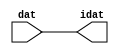

//------> /package/eda/mg/Catapult_10.3d/Mgc_home/pkgs/siflibs/ccs_in_v1.v 
//------------------------------------------------------------------------------
// Catapult Synthesis - Sample I/O Port Library
//
// Copyright (c) 2003-2017 Mentor Graphics Corp.
//       All Rights Reserved
//
// This document may be used and distributed without restriction provided that
// this copyright statement is not removed from the file and that any derivative
// work contains this copyright notice.
//
// The design information contained in this file is intended to be an example
// of the functionality which the end user may study in preparation for creating
// their own custom interfaces. This design does not necessarily present a 
// complete implementation of the named protocol or standard.
//
//------------------------------------------------------------------------------


module ccs_in_v1 (idat, dat);

  parameter integer rscid = 1;
  parameter integer width = 8;

  output [width-1:0] idat;
  input  [width-1:0] dat;

  wire   [width-1:0] idat;

  assign idat = dat;

endmodule


//------> /package/eda/mg/Catapult_10.3d/Mgc_home/pkgs/siflibs/ccs_out_v1.v 
//------------------------------------------------------------------------------
// Catapult Synthesis - Sample I/O Port Library
//
// Copyright (c) 2003-2015 Mentor Graphics Corp.
//       All Rights Reserved
//
// This document may be used and distributed without restriction provided that
// this copyright statement is not removed from the file and that any derivative
// work contains this copyright notice.
//
// The design information contained in this file is intended to be an example
// of the functionality which the end user may study in preparation for creating
// their own custom interfaces. This design does not necessarily present a 
// complete implementation of the named protocol or standard.
//
//------------------------------------------------------------------------------

module ccs_out_v1 (dat, idat);

  parameter integer rscid = 1;
  parameter integer width = 8;

  output   [width-1:0] dat;
  input    [width-1:0] idat;

  wire     [width-1:0] dat;

  assign dat = idat;

endmodule




//------> /package/eda/mg/Catapult_10.3d/Mgc_home/pkgs/siflibs/mgc_io_sync_v2.v 
//------------------------------------------------------------------------------
// Catapult Synthesis - Sample I/O Port Library
//
// Copyright (c) 2003-2017 Mentor Graphics Corp.
//       All Rights Reserved
//
// This document may be used and distributed without restriction provided that
// this copyright statement is not removed from the file and that any derivative
// work contains this copyright notice.
//
// The design information contained in this file is intended to be an example
// of the functionality which the end user may study in preparation for creating
// their own custom interfaces. This design does not necessarily present a 
// complete implementation of the named protocol or standard.
//
//------------------------------------------------------------------------------


module mgc_io_sync_v2 (ld, lz);
    parameter valid = 0;

    input  ld;
    output lz;

    wire   lz;

    assign lz = ld;

endmodule


//------> ./rtl.v 
// ----------------------------------------------------------------------
//  HLS HDL:        Verilog Netlister
//  HLS Version:    10.3d/815731 Production Release
//  HLS Date:       Wed Apr 24 14:54:19 PDT 2019
// 
//  Generated by:   695r48@cparch23.ecn.purdue.edu
//  Generated date: Tue Nov  9 16:01:42 2021
// ----------------------------------------------------------------------

// 
// ------------------------------------------------------------------
//  Design Unit:    fir_Altera_DIST_DIST_1R1W_RBW_rport_1_16_5_32_32_16_gen
// ------------------------------------------------------------------


module fir_Altera_DIST_DIST_1R1W_RBW_rport_1_16_5_32_32_16_gen (
  q, radr, radr_d, q_d, rport_r_ram_ir_internal_RMASK_B_d
);
  input [15:0] q;
  output [4:0] radr;
  input [4:0] radr_d;
  output [15:0] q_d;
  input rport_r_ram_ir_internal_RMASK_B_d;



  // Interconnect Declarations for Component Instantiations 
  assign q_d = q;
  assign radr = (radr_d);
endmodule

// ------------------------------------------------------------------
//  Design Unit:    fir_core_core_fsm
//  FSM Module
// ------------------------------------------------------------------


module fir_core_core_fsm (
  clk, rst, fsm_output
);
  input clk;
  input rst;
  output [35:0] fsm_output;
  reg [35:0] fsm_output;


  // FSM State Type Declaration for fir_core_core_fsm_1
  parameter
    core_rlp_C_0 = 6'd0,
    main_C_0 = 6'd1,
    main_C_1 = 6'd2,
    main_C_2 = 6'd3,
    main_C_3 = 6'd4,
    main_C_4 = 6'd5,
    main_C_5 = 6'd6,
    main_C_6 = 6'd7,
    main_C_7 = 6'd8,
    main_C_8 = 6'd9,
    main_C_9 = 6'd10,
    main_C_10 = 6'd11,
    main_C_11 = 6'd12,
    main_C_12 = 6'd13,
    main_C_13 = 6'd14,
    main_C_14 = 6'd15,
    main_C_15 = 6'd16,
    main_C_16 = 6'd17,
    main_C_17 = 6'd18,
    main_C_18 = 6'd19,
    main_C_19 = 6'd20,
    main_C_20 = 6'd21,
    main_C_21 = 6'd22,
    main_C_22 = 6'd23,
    main_C_23 = 6'd24,
    main_C_24 = 6'd25,
    main_C_25 = 6'd26,
    main_C_26 = 6'd27,
    main_C_27 = 6'd28,
    main_C_28 = 6'd29,
    main_C_29 = 6'd30,
    main_C_30 = 6'd31,
    main_C_31 = 6'd32,
    main_C_32 = 6'd33,
    main_C_33 = 6'd34,
    main_C_34 = 6'd35;

  reg [5:0] state_var;
  reg [5:0] state_var_NS;


  // Interconnect Declarations for Component Instantiations 
  always @(*)
  begin : fir_core_core_fsm_1
    case (state_var)
      main_C_0 : begin
        fsm_output = 36'b000000000000000000000000000000000010;
        state_var_NS = main_C_1;
      end
      main_C_1 : begin
        fsm_output = 36'b000000000000000000000000000000000100;
        state_var_NS = main_C_2;
      end
      main_C_2 : begin
        fsm_output = 36'b000000000000000000000000000000001000;
        state_var_NS = main_C_3;
      end
      main_C_3 : begin
        fsm_output = 36'b000000000000000000000000000000010000;
        state_var_NS = main_C_4;
      end
      main_C_4 : begin
        fsm_output = 36'b000000000000000000000000000000100000;
        state_var_NS = main_C_5;
      end
      main_C_5 : begin
        fsm_output = 36'b000000000000000000000000000001000000;
        state_var_NS = main_C_6;
      end
      main_C_6 : begin
        fsm_output = 36'b000000000000000000000000000010000000;
        state_var_NS = main_C_7;
      end
      main_C_7 : begin
        fsm_output = 36'b000000000000000000000000000100000000;
        state_var_NS = main_C_8;
      end
      main_C_8 : begin
        fsm_output = 36'b000000000000000000000000001000000000;
        state_var_NS = main_C_9;
      end
      main_C_9 : begin
        fsm_output = 36'b000000000000000000000000010000000000;
        state_var_NS = main_C_10;
      end
      main_C_10 : begin
        fsm_output = 36'b000000000000000000000000100000000000;
        state_var_NS = main_C_11;
      end
      main_C_11 : begin
        fsm_output = 36'b000000000000000000000001000000000000;
        state_var_NS = main_C_12;
      end
      main_C_12 : begin
        fsm_output = 36'b000000000000000000000010000000000000;
        state_var_NS = main_C_13;
      end
      main_C_13 : begin
        fsm_output = 36'b000000000000000000000100000000000000;
        state_var_NS = main_C_14;
      end
      main_C_14 : begin
        fsm_output = 36'b000000000000000000001000000000000000;
        state_var_NS = main_C_15;
      end
      main_C_15 : begin
        fsm_output = 36'b000000000000000000010000000000000000;
        state_var_NS = main_C_16;
      end
      main_C_16 : begin
        fsm_output = 36'b000000000000000000100000000000000000;
        state_var_NS = main_C_17;
      end
      main_C_17 : begin
        fsm_output = 36'b000000000000000001000000000000000000;
        state_var_NS = main_C_18;
      end
      main_C_18 : begin
        fsm_output = 36'b000000000000000010000000000000000000;
        state_var_NS = main_C_19;
      end
      main_C_19 : begin
        fsm_output = 36'b000000000000000100000000000000000000;
        state_var_NS = main_C_20;
      end
      main_C_20 : begin
        fsm_output = 36'b000000000000001000000000000000000000;
        state_var_NS = main_C_21;
      end
      main_C_21 : begin
        fsm_output = 36'b000000000000010000000000000000000000;
        state_var_NS = main_C_22;
      end
      main_C_22 : begin
        fsm_output = 36'b000000000000100000000000000000000000;
        state_var_NS = main_C_23;
      end
      main_C_23 : begin
        fsm_output = 36'b000000000001000000000000000000000000;
        state_var_NS = main_C_24;
      end
      main_C_24 : begin
        fsm_output = 36'b000000000010000000000000000000000000;
        state_var_NS = main_C_25;
      end
      main_C_25 : begin
        fsm_output = 36'b000000000100000000000000000000000000;
        state_var_NS = main_C_26;
      end
      main_C_26 : begin
        fsm_output = 36'b000000001000000000000000000000000000;
        state_var_NS = main_C_27;
      end
      main_C_27 : begin
        fsm_output = 36'b000000010000000000000000000000000000;
        state_var_NS = main_C_28;
      end
      main_C_28 : begin
        fsm_output = 36'b000000100000000000000000000000000000;
        state_var_NS = main_C_29;
      end
      main_C_29 : begin
        fsm_output = 36'b000001000000000000000000000000000000;
        state_var_NS = main_C_30;
      end
      main_C_30 : begin
        fsm_output = 36'b000010000000000000000000000000000000;
        state_var_NS = main_C_31;
      end
      main_C_31 : begin
        fsm_output = 36'b000100000000000000000000000000000000;
        state_var_NS = main_C_32;
      end
      main_C_32 : begin
        fsm_output = 36'b001000000000000000000000000000000000;
        state_var_NS = main_C_33;
      end
      main_C_33 : begin
        fsm_output = 36'b010000000000000000000000000000000000;
        state_var_NS = main_C_34;
      end
      main_C_34 : begin
        fsm_output = 36'b100000000000000000000000000000000000;
        state_var_NS = main_C_0;
      end
      // core_rlp_C_0
      default : begin
        fsm_output = 36'b000000000000000000000000000000000001;
        state_var_NS = main_C_0;
      end
    endcase
  end

  always @(posedge clk) begin
    if ( rst ) begin
      state_var <= core_rlp_C_0;
    end
    else begin
      state_var <= state_var_NS;
    end
  end

endmodule

// ------------------------------------------------------------------
//  Design Unit:    fir_core
// ------------------------------------------------------------------


module fir_core (
  clk, rst, coeffs_rsc_triosy_lz, in1_rsc_dat, in1_rsc_triosy_lz, out1_rsc_dat, out1_rsc_triosy_lz,
      coeffs_rsci_radr_d, coeffs_rsci_q_d, coeffs_rsci_rport_r_ram_ir_internal_RMASK_B_d
);
  input clk;
  input rst;
  output coeffs_rsc_triosy_lz;
  input [15:0] in1_rsc_dat;
  output in1_rsc_triosy_lz;
  output [15:0] out1_rsc_dat;
  output out1_rsc_triosy_lz;
  output [4:0] coeffs_rsci_radr_d;
  input [15:0] coeffs_rsci_q_d;
  output coeffs_rsci_rport_r_ram_ir_internal_RMASK_B_d;


  // Interconnect Declarations
  wire [15:0] in1_rsci_idat;
  reg [15:0] out1_rsci_idat;
  reg coeffs_rsc_triosy_obj_ld;
  reg in1_rsc_triosy_obj_ld;
  reg out1_rsc_triosy_obj_ld;
  wire [35:0] fsm_output;
  reg [15:0] reg_MAC_asn_89_cse;
  reg [15:0] reg_MAC_asn_88_cse;
  reg [15:0] reg_MAC_asn_87_cse;
  reg [15:0] reg_MAC_asn_86_cse;
  reg [15:0] reg_MAC_asn_85_cse;
  reg [15:0] reg_MAC_asn_84_cse;
  reg [15:0] reg_MAC_asn_83_cse;
  reg [15:0] reg_MAC_asn_82_cse;
  reg [15:0] reg_MAC_asn_81_cse;
  reg [15:0] reg_MAC_asn_80_cse;
  reg [15:0] reg_MAC_asn_79_cse;
  reg [15:0] reg_MAC_asn_78_cse;
  reg [15:0] reg_MAC_asn_77_cse;
  reg [15:0] reg_MAC_asn_76_cse;
  reg [15:0] reg_MAC_asn_75_cse;
  reg [15:0] reg_MAC_asn_74_cse;
  reg [15:0] reg_MAC_asn_73_cse;
  reg [15:0] reg_MAC_asn_72_cse;
  reg [15:0] reg_MAC_asn_71_cse;
  reg [15:0] reg_MAC_asn_70_cse;
  reg [15:0] reg_MAC_asn_69_cse;
  reg [15:0] reg_MAC_asn_68_cse;
  reg [15:0] reg_MAC_asn_67_cse;
  reg [15:0] reg_MAC_asn_66_cse;
  reg [15:0] reg_MAC_asn_65_cse;
  reg [15:0] reg_MAC_asn_64_cse;
  reg [15:0] reg_MAC_asn_63_cse;
  wire [29:0] z_out;
  wire [30:0] nl_z_out;
  reg [15:0] regs_3_sva;
  reg [15:0] regs_2_sva;
  reg [15:0] regs_0_sva;
  reg [15:0] asn_ncse_sva;
  reg [15:0] MAC_asn_62_itm;
  reg [29:0] MAC_10_mul_itm;
  reg [29:0] MAC_11_mul_itm;
  reg [29:0] MAC_acc_10_itm;
  reg [29:0] MAC_acc_22_itm;
  reg [29:0] MAC_acc_28_itm;
  reg [15:0] MAC_asn_90_itm;
  reg [29:0] MAC_acc_itm;
  wire [29:0] MAC_acc_28_itm_mx0w17;
  wire [30:0] nl_MAC_acc_28_itm_mx0w17;
  wire [29:0] MAC_acc_18_itm_mx0w0;
  wire [30:0] nl_MAC_acc_18_itm_mx0w0;
  wire [29:0] MAC_acc_23_mx0w1;
  wire [30:0] nl_MAC_acc_23_mx0w1;
  wire MAC_acc_10_itm_mx0c1;
  wire MAC_acc_22_itm_mx0c2;

  wire[29:0] MAC_32_acc_1_nl;
  wire[30:0] nl_MAC_32_acc_1_nl;
  wire[29:0] MAC_32_mul_nl;
  wire signed [31:0] nl_MAC_32_mul_nl;
  wire[29:0] MAC_30_mul_nl;
  wire signed [31:0] nl_MAC_30_mul_nl;
  wire[29:0] MAC_28_mul_nl;
  wire signed [31:0] nl_MAC_28_mul_nl;
  wire[29:0] MAC_26_mul_nl;
  wire signed [31:0] nl_MAC_26_mul_nl;
  wire[29:0] MAC_24_mul_nl;
  wire signed [31:0] nl_MAC_24_mul_nl;
  wire[29:0] MAC_22_mul_nl;
  wire signed [31:0] nl_MAC_22_mul_nl;
  wire[29:0] MAC_20_mul_nl;
  wire signed [31:0] nl_MAC_20_mul_nl;
  wire[29:0] MAC_18_mul_nl;
  wire signed [31:0] nl_MAC_18_mul_nl;
  wire[29:0] MAC_16_mul_nl;
  wire signed [31:0] nl_MAC_16_mul_nl;
  wire[29:0] MAC_14_mul_nl;
  wire signed [31:0] nl_MAC_14_mul_nl;
  wire[29:0] MAC_12_mul_nl;
  wire signed [31:0] nl_MAC_12_mul_nl;
  wire[29:0] MAC_10_mul_nl;
  wire signed [31:0] nl_MAC_10_mul_nl;
  wire[29:0] MAC_8_mul_nl;
  wire signed [31:0] nl_MAC_8_mul_nl;
  wire[29:0] MAC_6_mul_nl;
  wire signed [31:0] nl_MAC_6_mul_nl;
  wire[29:0] MAC_4_mul_nl;
  wire signed [31:0] nl_MAC_4_mul_nl;
  wire[29:0] MAC_2_mul_nl;
  wire signed [31:0] nl_MAC_2_mul_nl;
  wire[29:0] MAC_31_mul_nl;
  wire signed [31:0] nl_MAC_31_mul_nl;
  wire[29:0] MAC_29_mul_nl;
  wire signed [31:0] nl_MAC_29_mul_nl;
  wire[29:0] MAC_27_mul_nl;
  wire signed [31:0] nl_MAC_27_mul_nl;
  wire[29:0] MAC_25_mul_nl;
  wire signed [31:0] nl_MAC_25_mul_nl;
  wire[29:0] MAC_23_mul_nl;
  wire signed [31:0] nl_MAC_23_mul_nl;
  wire[29:0] MAC_21_mul_nl;
  wire signed [31:0] nl_MAC_21_mul_nl;
  wire[29:0] MAC_19_mul_nl;
  wire signed [31:0] nl_MAC_19_mul_nl;
  wire[29:0] MAC_17_mul_nl;
  wire signed [31:0] nl_MAC_17_mul_nl;
  wire[29:0] MAC_acc_27_nl;
  wire[30:0] nl_MAC_acc_27_nl;
  wire[29:0] MAC_acc_21_nl;
  wire[30:0] nl_MAC_acc_21_nl;
  wire[29:0] MAC_15_mul_nl;
  wire signed [31:0] nl_MAC_15_mul_nl;
  wire[29:0] MAC_13_mul_nl;
  wire signed [31:0] nl_MAC_13_mul_nl;
  wire[29:0] MAC_11_mul_nl;
  wire signed [31:0] nl_MAC_11_mul_nl;
  wire[29:0] MAC_9_mul_nl;
  wire signed [31:0] nl_MAC_9_mul_nl;
  wire[29:0] MAC_7_mul_nl;
  wire signed [31:0] nl_MAC_7_mul_nl;
  wire[29:0] MAC_5_mul_nl;
  wire signed [31:0] nl_MAC_5_mul_nl;
  wire[29:0] MAC_3_mul_nl;
  wire signed [31:0] nl_MAC_3_mul_nl;
  wire[29:0] MAC_1_mul_nl;
  wire signed [31:0] nl_MAC_1_mul_nl;
  wire[29:0] MAC_acc_30_nl;
  wire[30:0] nl_MAC_acc_30_nl;
  wire[4:0] and_nl;
  wire[4:0] mux1h_nl;
  wire[0:0] coeffs_nor_nl;
  wire[29:0] MAC_mux_3_nl;
  wire[29:0] MAC_mux_4_nl;
  wire[0:0] MAC_or_9_nl;

  // Interconnect Declarations for Component Instantiations 
  ccs_in_v1 #(.rscid(32'sd2),
  .width(32'sd16)) in1_rsci (
      .dat(in1_rsc_dat),
      .idat(in1_rsci_idat)
    );
  ccs_out_v1 #(.rscid(32'sd3),
  .width(32'sd16)) out1_rsci (
      .idat(out1_rsci_idat),
      .dat(out1_rsc_dat)
    );
  mgc_io_sync_v2 #(.valid(32'sd0)) coeffs_rsc_triosy_obj (
      .ld(coeffs_rsc_triosy_obj_ld),
      .lz(coeffs_rsc_triosy_lz)
    );
  mgc_io_sync_v2 #(.valid(32'sd0)) in1_rsc_triosy_obj (
      .ld(in1_rsc_triosy_obj_ld),
      .lz(in1_rsc_triosy_lz)
    );
  mgc_io_sync_v2 #(.valid(32'sd0)) out1_rsc_triosy_obj (
      .ld(out1_rsc_triosy_obj_ld),
      .lz(out1_rsc_triosy_lz)
    );
  fir_core_core_fsm fir_core_core_fsm_inst (
      .clk(clk),
      .rst(rst),
      .fsm_output(fsm_output)
    );
  assign nl_MAC_acc_28_itm_mx0w17 = MAC_acc_23_mx0w1 + MAC_acc_22_itm;
  assign MAC_acc_28_itm_mx0w17 = nl_MAC_acc_28_itm_mx0w17[29:0];
  assign nl_MAC_acc_18_itm_mx0w0 = MAC_11_mul_itm + MAC_10_mul_itm;
  assign MAC_acc_18_itm_mx0w0 = nl_MAC_acc_18_itm_mx0w0[29:0];
  assign nl_MAC_acc_23_mx0w1 = MAC_acc_18_itm_mx0w0 + MAC_acc_10_itm;
  assign MAC_acc_23_mx0w1 = nl_MAC_acc_23_mx0w1[29:0];
  assign MAC_acc_10_itm_mx0c1 = (fsm_output[14]) | (fsm_output[6]);
  assign MAC_acc_22_itm_mx0c2 = (fsm_output[30]) | (fsm_output[22]);
  assign mux1h_nl = MUX1HOT_v_5_30_2(5'b11110, 5'b11101, 5'b11100, 5'b11011, 5'b11010,
      5'b11001, 5'b11000, 5'b10111, 5'b10110, 5'b10101, 5'b10100, 5'b10011, 5'b10010,
      5'b10001, 5'b10000, 5'b01111, 5'b01110, 5'b01101, 5'b01100, 5'b01011, 5'b01010,
      5'b01001, 5'b01000, 5'b00111, 5'b00110, 5'b00101, 5'b00100, 5'b00011, 5'b00010,
      5'b00001, {(fsm_output[2]) , (fsm_output[3]) , (fsm_output[4]) , (fsm_output[5])
      , (fsm_output[6]) , (fsm_output[7]) , (fsm_output[8]) , (fsm_output[9]) , (fsm_output[10])
      , (fsm_output[11]) , (fsm_output[12]) , (fsm_output[13]) , (fsm_output[14])
      , (fsm_output[15]) , (fsm_output[16]) , (fsm_output[17]) , (fsm_output[18])
      , (fsm_output[19]) , (fsm_output[20]) , (fsm_output[21]) , (fsm_output[22])
      , (fsm_output[23]) , (fsm_output[24]) , (fsm_output[25]) , (fsm_output[26])
      , (fsm_output[27]) , (fsm_output[28]) , (fsm_output[29]) , (fsm_output[30])
      , (fsm_output[31])});
  assign coeffs_nor_nl = ~((fsm_output[0]) | (fsm_output[33]) | (fsm_output[34])
      | (fsm_output[35]) | (fsm_output[32]));
  assign and_nl = MUX_v_5_2_2(5'b00000, (mux1h_nl), (coeffs_nor_nl));
  assign coeffs_rsci_radr_d = MUX_v_5_2_2((and_nl), 5'b11111, (fsm_output[1]));
  assign coeffs_rsci_rport_r_ram_ir_internal_RMASK_B_d = ~((fsm_output[0]) | (fsm_output[33])
      | (fsm_output[34]) | (fsm_output[35]));
  always @(posedge clk) begin
    if ( rst ) begin
      out1_rsc_triosy_obj_ld <= 1'b0;
      in1_rsc_triosy_obj_ld <= 1'b0;
      coeffs_rsc_triosy_obj_ld <= 1'b0;
      MAC_11_mul_itm <= 30'b000000000000000000000000000000;
    end
    else begin
      out1_rsc_triosy_obj_ld <= fsm_output[35];
      in1_rsc_triosy_obj_ld <= fsm_output[1];
      coeffs_rsc_triosy_obj_ld <= fsm_output[32];
      MAC_11_mul_itm <= MUX1HOT_v_30_18_2((MAC_31_mul_nl), (MAC_29_mul_nl), (MAC_27_mul_nl),
          (MAC_25_mul_nl), (MAC_23_mul_nl), (MAC_21_mul_nl), (MAC_19_mul_nl), (MAC_17_mul_nl),
          (MAC_acc_27_nl), (MAC_15_mul_nl), (MAC_13_mul_nl), (MAC_11_mul_nl), (MAC_9_mul_nl),
          (MAC_7_mul_nl), (MAC_5_mul_nl), (MAC_3_mul_nl), (MAC_1_mul_nl), MAC_acc_28_itm_mx0w17,
          {(fsm_output[3]) , (fsm_output[5]) , (fsm_output[7]) , (fsm_output[9])
          , (fsm_output[11]) , (fsm_output[13]) , (fsm_output[15]) , (fsm_output[17])
          , (fsm_output[18]) , (fsm_output[19]) , (fsm_output[21]) , (fsm_output[23])
          , (fsm_output[25]) , (fsm_output[27]) , (fsm_output[29]) , (fsm_output[31])
          , (fsm_output[33]) , (fsm_output[34])});
    end
  end
  always @(posedge clk) begin
    if ( rst ) begin
      out1_rsci_idat <= 16'b0000000000000000;
    end
    else if ( fsm_output[35] ) begin
      out1_rsci_idat <= readslicef_30_16_14((MAC_32_acc_1_nl));
    end
  end
  always @(posedge clk) begin
    if ( rst ) begin
      regs_0_sva <= 16'b0000000000000000;
    end
    else if ( fsm_output[33] ) begin
      regs_0_sva <= asn_ncse_sva;
    end
  end
  always @(posedge clk) begin
    if ( rst ) begin
      regs_2_sva <= 16'b0000000000000000;
    end
    else if ( fsm_output[35] ) begin
      regs_2_sva <= MAC_asn_62_itm;
    end
  end
  always @(posedge clk) begin
    if ( rst ) begin
      MAC_asn_62_itm <= 16'b0000000000000000;
    end
    else if ( (fsm_output[35]) | (fsm_output[32]) ) begin
      MAC_asn_62_itm <= MUX_v_16_2_2(regs_0_sva, regs_2_sva, fsm_output[35]);
    end
  end
  always @(posedge clk) begin
    if ( rst ) begin
      reg_MAC_asn_63_cse <= 16'b0000000000000000;
    end
    else if ( fsm_output[35] ) begin
      reg_MAC_asn_63_cse <= regs_3_sva;
    end
  end
  always @(posedge clk) begin
    if ( rst ) begin
      reg_MAC_asn_64_cse <= 16'b0000000000000000;
    end
    else if ( fsm_output[35] ) begin
      reg_MAC_asn_64_cse <= reg_MAC_asn_63_cse;
    end
  end
  always @(posedge clk) begin
    if ( rst ) begin
      reg_MAC_asn_65_cse <= 16'b0000000000000000;
    end
    else if ( fsm_output[35] ) begin
      reg_MAC_asn_65_cse <= reg_MAC_asn_64_cse;
    end
  end
  always @(posedge clk) begin
    if ( rst ) begin
      reg_MAC_asn_66_cse <= 16'b0000000000000000;
    end
    else if ( fsm_output[35] ) begin
      reg_MAC_asn_66_cse <= reg_MAC_asn_65_cse;
    end
  end
  always @(posedge clk) begin
    if ( rst ) begin
      reg_MAC_asn_67_cse <= 16'b0000000000000000;
    end
    else if ( fsm_output[35] ) begin
      reg_MAC_asn_67_cse <= reg_MAC_asn_66_cse;
    end
  end
  always @(posedge clk) begin
    if ( rst ) begin
      reg_MAC_asn_68_cse <= 16'b0000000000000000;
    end
    else if ( fsm_output[35] ) begin
      reg_MAC_asn_68_cse <= reg_MAC_asn_67_cse;
    end
  end
  always @(posedge clk) begin
    if ( rst ) begin
      reg_MAC_asn_69_cse <= 16'b0000000000000000;
    end
    else if ( fsm_output[35] ) begin
      reg_MAC_asn_69_cse <= reg_MAC_asn_68_cse;
    end
  end
  always @(posedge clk) begin
    if ( rst ) begin
      reg_MAC_asn_70_cse <= 16'b0000000000000000;
    end
    else if ( fsm_output[35] ) begin
      reg_MAC_asn_70_cse <= reg_MAC_asn_69_cse;
    end
  end
  always @(posedge clk) begin
    if ( rst ) begin
      reg_MAC_asn_71_cse <= 16'b0000000000000000;
    end
    else if ( fsm_output[35] ) begin
      reg_MAC_asn_71_cse <= reg_MAC_asn_70_cse;
    end
  end
  always @(posedge clk) begin
    if ( rst ) begin
      reg_MAC_asn_72_cse <= 16'b0000000000000000;
    end
    else if ( fsm_output[35] ) begin
      reg_MAC_asn_72_cse <= reg_MAC_asn_71_cse;
    end
  end
  always @(posedge clk) begin
    if ( rst ) begin
      reg_MAC_asn_73_cse <= 16'b0000000000000000;
    end
    else if ( fsm_output[35] ) begin
      reg_MAC_asn_73_cse <= reg_MAC_asn_72_cse;
    end
  end
  always @(posedge clk) begin
    if ( rst ) begin
      reg_MAC_asn_74_cse <= 16'b0000000000000000;
    end
    else if ( fsm_output[35] ) begin
      reg_MAC_asn_74_cse <= reg_MAC_asn_73_cse;
    end
  end
  always @(posedge clk) begin
    if ( rst ) begin
      reg_MAC_asn_75_cse <= 16'b0000000000000000;
    end
    else if ( fsm_output[35] ) begin
      reg_MAC_asn_75_cse <= reg_MAC_asn_74_cse;
    end
  end
  always @(posedge clk) begin
    if ( rst ) begin
      reg_MAC_asn_76_cse <= 16'b0000000000000000;
    end
    else if ( fsm_output[35] ) begin
      reg_MAC_asn_76_cse <= reg_MAC_asn_75_cse;
    end
  end
  always @(posedge clk) begin
    if ( rst ) begin
      reg_MAC_asn_77_cse <= 16'b0000000000000000;
    end
    else if ( fsm_output[35] ) begin
      reg_MAC_asn_77_cse <= reg_MAC_asn_76_cse;
    end
  end
  always @(posedge clk) begin
    if ( rst ) begin
      reg_MAC_asn_78_cse <= 16'b0000000000000000;
    end
    else if ( fsm_output[35] ) begin
      reg_MAC_asn_78_cse <= reg_MAC_asn_77_cse;
    end
  end
  always @(posedge clk) begin
    if ( rst ) begin
      reg_MAC_asn_79_cse <= 16'b0000000000000000;
    end
    else if ( fsm_output[35] ) begin
      reg_MAC_asn_79_cse <= reg_MAC_asn_78_cse;
    end
  end
  always @(posedge clk) begin
    if ( rst ) begin
      reg_MAC_asn_80_cse <= 16'b0000000000000000;
    end
    else if ( fsm_output[35] ) begin
      reg_MAC_asn_80_cse <= reg_MAC_asn_79_cse;
    end
  end
  always @(posedge clk) begin
    if ( rst ) begin
      reg_MAC_asn_81_cse <= 16'b0000000000000000;
    end
    else if ( fsm_output[35] ) begin
      reg_MAC_asn_81_cse <= reg_MAC_asn_80_cse;
    end
  end
  always @(posedge clk) begin
    if ( rst ) begin
      reg_MAC_asn_82_cse <= 16'b0000000000000000;
    end
    else if ( fsm_output[35] ) begin
      reg_MAC_asn_82_cse <= reg_MAC_asn_81_cse;
    end
  end
  always @(posedge clk) begin
    if ( rst ) begin
      reg_MAC_asn_83_cse <= 16'b0000000000000000;
    end
    else if ( fsm_output[35] ) begin
      reg_MAC_asn_83_cse <= reg_MAC_asn_82_cse;
    end
  end
  always @(posedge clk) begin
    if ( rst ) begin
      reg_MAC_asn_84_cse <= 16'b0000000000000000;
    end
    else if ( fsm_output[35] ) begin
      reg_MAC_asn_84_cse <= reg_MAC_asn_83_cse;
    end
  end
  always @(posedge clk) begin
    if ( rst ) begin
      reg_MAC_asn_85_cse <= 16'b0000000000000000;
    end
    else if ( fsm_output[35] ) begin
      reg_MAC_asn_85_cse <= reg_MAC_asn_84_cse;
    end
  end
  always @(posedge clk) begin
    if ( rst ) begin
      reg_MAC_asn_86_cse <= 16'b0000000000000000;
    end
    else if ( fsm_output[35] ) begin
      reg_MAC_asn_86_cse <= reg_MAC_asn_85_cse;
    end
  end
  always @(posedge clk) begin
    if ( rst ) begin
      reg_MAC_asn_87_cse <= 16'b0000000000000000;
    end
    else if ( fsm_output[35] ) begin
      reg_MAC_asn_87_cse <= reg_MAC_asn_86_cse;
    end
  end
  always @(posedge clk) begin
    if ( rst ) begin
      reg_MAC_asn_88_cse <= 16'b0000000000000000;
    end
    else if ( fsm_output[35] ) begin
      reg_MAC_asn_88_cse <= reg_MAC_asn_87_cse;
    end
  end
  always @(posedge clk) begin
    if ( rst ) begin
      reg_MAC_asn_89_cse <= 16'b0000000000000000;
    end
    else if ( fsm_output[35] ) begin
      reg_MAC_asn_89_cse <= reg_MAC_asn_88_cse;
    end
  end
  always @(posedge clk) begin
    if ( rst ) begin
      MAC_asn_90_itm <= 16'b0000000000000000;
    end
    else if ( fsm_output[35] ) begin
      MAC_asn_90_itm <= reg_MAC_asn_89_cse;
    end
  end
  always @(posedge clk) begin
    if ( rst ) begin
      regs_3_sva <= 16'b0000000000000000;
    end
    else if ( fsm_output[35] ) begin
      regs_3_sva <= regs_2_sva;
    end
  end
  always @(posedge clk) begin
    if ( rst ) begin
      asn_ncse_sva <= 16'b0000000000000000;
    end
    else if ( fsm_output[1] ) begin
      asn_ncse_sva <= in1_rsci_idat;
    end
  end
  always @(posedge clk) begin
    if ( rst ) begin
      MAC_10_mul_itm <= 30'b000000000000000000000000000000;
    end
    else if ( (fsm_output[18]) | (fsm_output[30]) | (fsm_output[26]) | (fsm_output[2])
        | (fsm_output[4]) | (fsm_output[10]) | (fsm_output[16]) | (fsm_output[14])
        | (fsm_output[6]) | (fsm_output[8]) | (fsm_output[12]) | (fsm_output[20])
        | (fsm_output[22]) | (fsm_output[24]) | (fsm_output[28]) | (fsm_output[32])
        ) begin
      MAC_10_mul_itm <= MUX1HOT_v_30_16_2((MAC_32_mul_nl), (MAC_30_mul_nl), (MAC_28_mul_nl),
          (MAC_26_mul_nl), (MAC_24_mul_nl), (MAC_22_mul_nl), (MAC_20_mul_nl), (MAC_18_mul_nl),
          (MAC_16_mul_nl), (MAC_14_mul_nl), (MAC_12_mul_nl), (MAC_10_mul_nl), (MAC_8_mul_nl),
          (MAC_6_mul_nl), (MAC_4_mul_nl), (MAC_2_mul_nl), {(fsm_output[2]) , (fsm_output[4])
          , (fsm_output[6]) , (fsm_output[8]) , (fsm_output[10]) , (fsm_output[12])
          , (fsm_output[14]) , (fsm_output[16]) , (fsm_output[18]) , (fsm_output[20])
          , (fsm_output[22]) , (fsm_output[24]) , (fsm_output[26]) , (fsm_output[28])
          , (fsm_output[30]) , (fsm_output[32])});
    end
  end
  always @(posedge clk) begin
    if ( rst ) begin
      MAC_acc_10_itm <= 30'b000000000000000000000000000000;
    end
    else if ( (fsm_output[28]) | (fsm_output[24]) | (fsm_output[20]) | (fsm_output[12])
        | (fsm_output[4]) | (fsm_output[32]) | MAC_acc_10_itm_mx0c1 ) begin
      MAC_acc_10_itm <= MUX_v_30_2_2(MAC_acc_18_itm_mx0w0, MAC_acc_23_mx0w1, MAC_acc_10_itm_mx0c1);
    end
  end
  always @(posedge clk) begin
    if ( rst ) begin
      MAC_acc_22_itm <= 30'b000000000000000000000000000000;
    end
    else if ( (fsm_output[8]) | (fsm_output[10]) | MAC_acc_22_itm_mx0c2 ) begin
      MAC_acc_22_itm <= MUX1HOT_v_30_3_2(MAC_acc_18_itm_mx0w0, (MAC_acc_30_nl), MAC_acc_23_mx0w1,
          {(fsm_output[8]) , (fsm_output[10]) , MAC_acc_22_itm_mx0c2});
    end
  end
  always @(posedge clk) begin
    if ( rst ) begin
      MAC_acc_28_itm <= 30'b000000000000000000000000000000;
    end
    else if ( (fsm_output[26]) | (fsm_output[16]) ) begin
      MAC_acc_28_itm <= MUX_v_30_2_2(MAC_acc_18_itm_mx0w0, MAC_acc_28_itm_mx0w17,
          fsm_output[26]);
    end
  end
  always @(posedge clk) begin
    if ( rst ) begin
      MAC_acc_itm <= 30'b000000000000000000000000000000;
    end
    else if ( fsm_output[19] ) begin
      MAC_acc_itm <= z_out;
    end
  end
  assign nl_MAC_31_mul_nl = $signed(reg_MAC_asn_89_cse) * $signed((coeffs_rsci_q_d));
  assign MAC_31_mul_nl = nl_MAC_31_mul_nl[29:0];
  assign nl_MAC_29_mul_nl = $signed(reg_MAC_asn_87_cse) * $signed((coeffs_rsci_q_d));
  assign MAC_29_mul_nl = nl_MAC_29_mul_nl[29:0];
  assign nl_MAC_27_mul_nl = $signed(reg_MAC_asn_85_cse) * $signed((coeffs_rsci_q_d));
  assign MAC_27_mul_nl = nl_MAC_27_mul_nl[29:0];
  assign nl_MAC_25_mul_nl = $signed(reg_MAC_asn_83_cse) * $signed((coeffs_rsci_q_d));
  assign MAC_25_mul_nl = nl_MAC_25_mul_nl[29:0];
  assign nl_MAC_23_mul_nl = $signed(reg_MAC_asn_81_cse) * $signed((coeffs_rsci_q_d));
  assign MAC_23_mul_nl = nl_MAC_23_mul_nl[29:0];
  assign nl_MAC_21_mul_nl = $signed(reg_MAC_asn_79_cse) * $signed((coeffs_rsci_q_d));
  assign MAC_21_mul_nl = nl_MAC_21_mul_nl[29:0];
  assign nl_MAC_19_mul_nl = $signed(reg_MAC_asn_77_cse) * $signed((coeffs_rsci_q_d));
  assign MAC_19_mul_nl = nl_MAC_19_mul_nl[29:0];
  assign nl_MAC_17_mul_nl = $signed(reg_MAC_asn_75_cse) * $signed((coeffs_rsci_q_d));
  assign MAC_17_mul_nl = nl_MAC_17_mul_nl[29:0];
  assign nl_MAC_acc_21_nl = MAC_acc_18_itm_mx0w0 + MAC_acc_28_itm;
  assign MAC_acc_21_nl = nl_MAC_acc_21_nl[29:0];
  assign nl_MAC_acc_27_nl = (MAC_acc_21_nl) + MAC_acc_10_itm;
  assign MAC_acc_27_nl = nl_MAC_acc_27_nl[29:0];
  assign nl_MAC_15_mul_nl = $signed(reg_MAC_asn_73_cse) * $signed((coeffs_rsci_q_d));
  assign MAC_15_mul_nl = nl_MAC_15_mul_nl[29:0];
  assign nl_MAC_13_mul_nl = $signed(reg_MAC_asn_71_cse) * $signed((coeffs_rsci_q_d));
  assign MAC_13_mul_nl = nl_MAC_13_mul_nl[29:0];
  assign nl_MAC_11_mul_nl = $signed(reg_MAC_asn_69_cse) * $signed((coeffs_rsci_q_d));
  assign MAC_11_mul_nl = nl_MAC_11_mul_nl[29:0];
  assign nl_MAC_9_mul_nl = $signed(reg_MAC_asn_67_cse) * $signed((coeffs_rsci_q_d));
  assign MAC_9_mul_nl = nl_MAC_9_mul_nl[29:0];
  assign nl_MAC_7_mul_nl = $signed(reg_MAC_asn_65_cse) * $signed((coeffs_rsci_q_d));
  assign MAC_7_mul_nl = nl_MAC_7_mul_nl[29:0];
  assign nl_MAC_5_mul_nl = $signed(reg_MAC_asn_63_cse) * $signed((coeffs_rsci_q_d));
  assign MAC_5_mul_nl = nl_MAC_5_mul_nl[29:0];
  assign nl_MAC_3_mul_nl = $signed(regs_2_sva) * $signed((coeffs_rsci_q_d));
  assign MAC_3_mul_nl = nl_MAC_3_mul_nl[29:0];
  assign nl_MAC_1_mul_nl = $signed(asn_ncse_sva) * $signed((coeffs_rsci_q_d));
  assign MAC_1_mul_nl = nl_MAC_1_mul_nl[29:0];
  assign nl_MAC_32_acc_1_nl = z_out + MAC_acc_itm;
  assign MAC_32_acc_1_nl = nl_MAC_32_acc_1_nl[29:0];
  assign nl_MAC_32_mul_nl = $signed(MAC_asn_90_itm) * $signed((coeffs_rsci_q_d));
  assign MAC_32_mul_nl = nl_MAC_32_mul_nl[29:0];
  assign nl_MAC_30_mul_nl = $signed(reg_MAC_asn_88_cse) * $signed((coeffs_rsci_q_d));
  assign MAC_30_mul_nl = nl_MAC_30_mul_nl[29:0];
  assign nl_MAC_28_mul_nl = $signed(reg_MAC_asn_86_cse) * $signed((coeffs_rsci_q_d));
  assign MAC_28_mul_nl = nl_MAC_28_mul_nl[29:0];
  assign nl_MAC_26_mul_nl = $signed(reg_MAC_asn_84_cse) * $signed((coeffs_rsci_q_d));
  assign MAC_26_mul_nl = nl_MAC_26_mul_nl[29:0];
  assign nl_MAC_24_mul_nl = $signed(reg_MAC_asn_82_cse) * $signed((coeffs_rsci_q_d));
  assign MAC_24_mul_nl = nl_MAC_24_mul_nl[29:0];
  assign nl_MAC_22_mul_nl = $signed(reg_MAC_asn_80_cse) * $signed((coeffs_rsci_q_d));
  assign MAC_22_mul_nl = nl_MAC_22_mul_nl[29:0];
  assign nl_MAC_20_mul_nl = $signed(reg_MAC_asn_78_cse) * $signed((coeffs_rsci_q_d));
  assign MAC_20_mul_nl = nl_MAC_20_mul_nl[29:0];
  assign nl_MAC_18_mul_nl = $signed(reg_MAC_asn_76_cse) * $signed((coeffs_rsci_q_d));
  assign MAC_18_mul_nl = nl_MAC_18_mul_nl[29:0];
  assign nl_MAC_16_mul_nl = $signed(reg_MAC_asn_74_cse) * $signed((coeffs_rsci_q_d));
  assign MAC_16_mul_nl = nl_MAC_16_mul_nl[29:0];
  assign nl_MAC_14_mul_nl = $signed(reg_MAC_asn_72_cse) * $signed((coeffs_rsci_q_d));
  assign MAC_14_mul_nl = nl_MAC_14_mul_nl[29:0];
  assign nl_MAC_12_mul_nl = $signed(reg_MAC_asn_70_cse) * $signed((coeffs_rsci_q_d));
  assign MAC_12_mul_nl = nl_MAC_12_mul_nl[29:0];
  assign nl_MAC_10_mul_nl = $signed(reg_MAC_asn_68_cse) * $signed((coeffs_rsci_q_d));
  assign MAC_10_mul_nl = nl_MAC_10_mul_nl[29:0];
  assign nl_MAC_8_mul_nl = $signed(reg_MAC_asn_66_cse) * $signed((coeffs_rsci_q_d));
  assign MAC_8_mul_nl = nl_MAC_8_mul_nl[29:0];
  assign nl_MAC_6_mul_nl = $signed(reg_MAC_asn_64_cse) * $signed((coeffs_rsci_q_d));
  assign MAC_6_mul_nl = nl_MAC_6_mul_nl[29:0];
  assign nl_MAC_4_mul_nl = $signed(MAC_asn_62_itm) * $signed((coeffs_rsci_q_d));
  assign MAC_4_mul_nl = nl_MAC_4_mul_nl[29:0];
  assign nl_MAC_2_mul_nl = $signed(regs_0_sva) * $signed((coeffs_rsci_q_d));
  assign MAC_2_mul_nl = nl_MAC_2_mul_nl[29:0];
  assign nl_MAC_acc_30_nl = z_out + MAC_acc_10_itm;
  assign MAC_acc_30_nl = nl_MAC_acc_30_nl[29:0];
  assign MAC_mux_3_nl = MUX_v_30_2_2(MAC_11_mul_itm, MAC_acc_18_itm_mx0w0, fsm_output[10]);
  assign MAC_or_9_nl = (fsm_output[10]) | (fsm_output[19]);
  assign MAC_mux_4_nl = MUX_v_30_2_2(MAC_acc_28_itm, MAC_acc_22_itm, MAC_or_9_nl);
  assign nl_z_out = (MAC_mux_3_nl) + (MAC_mux_4_nl);
  assign z_out = nl_z_out[29:0];

  function automatic [29:0] MUX1HOT_v_30_16_2;
    input [29:0] input_15;
    input [29:0] input_14;
    input [29:0] input_13;
    input [29:0] input_12;
    input [29:0] input_11;
    input [29:0] input_10;
    input [29:0] input_9;
    input [29:0] input_8;
    input [29:0] input_7;
    input [29:0] input_6;
    input [29:0] input_5;
    input [29:0] input_4;
    input [29:0] input_3;
    input [29:0] input_2;
    input [29:0] input_1;
    input [29:0] input_0;
    input [15:0] sel;
    reg [29:0] result;
  begin
    result = input_0 & {30{sel[0]}};
    result = result | ( input_1 & {30{sel[1]}});
    result = result | ( input_2 & {30{sel[2]}});
    result = result | ( input_3 & {30{sel[3]}});
    result = result | ( input_4 & {30{sel[4]}});
    result = result | ( input_5 & {30{sel[5]}});
    result = result | ( input_6 & {30{sel[6]}});
    result = result | ( input_7 & {30{sel[7]}});
    result = result | ( input_8 & {30{sel[8]}});
    result = result | ( input_9 & {30{sel[9]}});
    result = result | ( input_10 & {30{sel[10]}});
    result = result | ( input_11 & {30{sel[11]}});
    result = result | ( input_12 & {30{sel[12]}});
    result = result | ( input_13 & {30{sel[13]}});
    result = result | ( input_14 & {30{sel[14]}});
    result = result | ( input_15 & {30{sel[15]}});
    MUX1HOT_v_30_16_2 = result;
  end
  endfunction


  function automatic [29:0] MUX1HOT_v_30_18_2;
    input [29:0] input_17;
    input [29:0] input_16;
    input [29:0] input_15;
    input [29:0] input_14;
    input [29:0] input_13;
    input [29:0] input_12;
    input [29:0] input_11;
    input [29:0] input_10;
    input [29:0] input_9;
    input [29:0] input_8;
    input [29:0] input_7;
    input [29:0] input_6;
    input [29:0] input_5;
    input [29:0] input_4;
    input [29:0] input_3;
    input [29:0] input_2;
    input [29:0] input_1;
    input [29:0] input_0;
    input [17:0] sel;
    reg [29:0] result;
  begin
    result = input_0 & {30{sel[0]}};
    result = result | ( input_1 & {30{sel[1]}});
    result = result | ( input_2 & {30{sel[2]}});
    result = result | ( input_3 & {30{sel[3]}});
    result = result | ( input_4 & {30{sel[4]}});
    result = result | ( input_5 & {30{sel[5]}});
    result = result | ( input_6 & {30{sel[6]}});
    result = result | ( input_7 & {30{sel[7]}});
    result = result | ( input_8 & {30{sel[8]}});
    result = result | ( input_9 & {30{sel[9]}});
    result = result | ( input_10 & {30{sel[10]}});
    result = result | ( input_11 & {30{sel[11]}});
    result = result | ( input_12 & {30{sel[12]}});
    result = result | ( input_13 & {30{sel[13]}});
    result = result | ( input_14 & {30{sel[14]}});
    result = result | ( input_15 & {30{sel[15]}});
    result = result | ( input_16 & {30{sel[16]}});
    result = result | ( input_17 & {30{sel[17]}});
    MUX1HOT_v_30_18_2 = result;
  end
  endfunction


  function automatic [29:0] MUX1HOT_v_30_3_2;
    input [29:0] input_2;
    input [29:0] input_1;
    input [29:0] input_0;
    input [2:0] sel;
    reg [29:0] result;
  begin
    result = input_0 & {30{sel[0]}};
    result = result | ( input_1 & {30{sel[1]}});
    result = result | ( input_2 & {30{sel[2]}});
    MUX1HOT_v_30_3_2 = result;
  end
  endfunction


  function automatic [4:0] MUX1HOT_v_5_30_2;
    input [4:0] input_29;
    input [4:0] input_28;
    input [4:0] input_27;
    input [4:0] input_26;
    input [4:0] input_25;
    input [4:0] input_24;
    input [4:0] input_23;
    input [4:0] input_22;
    input [4:0] input_21;
    input [4:0] input_20;
    input [4:0] input_19;
    input [4:0] input_18;
    input [4:0] input_17;
    input [4:0] input_16;
    input [4:0] input_15;
    input [4:0] input_14;
    input [4:0] input_13;
    input [4:0] input_12;
    input [4:0] input_11;
    input [4:0] input_10;
    input [4:0] input_9;
    input [4:0] input_8;
    input [4:0] input_7;
    input [4:0] input_6;
    input [4:0] input_5;
    input [4:0] input_4;
    input [4:0] input_3;
    input [4:0] input_2;
    input [4:0] input_1;
    input [4:0] input_0;
    input [29:0] sel;
    reg [4:0] result;
  begin
    result = input_0 & {5{sel[0]}};
    result = result | ( input_1 & {5{sel[1]}});
    result = result | ( input_2 & {5{sel[2]}});
    result = result | ( input_3 & {5{sel[3]}});
    result = result | ( input_4 & {5{sel[4]}});
    result = result | ( input_5 & {5{sel[5]}});
    result = result | ( input_6 & {5{sel[6]}});
    result = result | ( input_7 & {5{sel[7]}});
    result = result | ( input_8 & {5{sel[8]}});
    result = result | ( input_9 & {5{sel[9]}});
    result = result | ( input_10 & {5{sel[10]}});
    result = result | ( input_11 & {5{sel[11]}});
    result = result | ( input_12 & {5{sel[12]}});
    result = result | ( input_13 & {5{sel[13]}});
    result = result | ( input_14 & {5{sel[14]}});
    result = result | ( input_15 & {5{sel[15]}});
    result = result | ( input_16 & {5{sel[16]}});
    result = result | ( input_17 & {5{sel[17]}});
    result = result | ( input_18 & {5{sel[18]}});
    result = result | ( input_19 & {5{sel[19]}});
    result = result | ( input_20 & {5{sel[20]}});
    result = result | ( input_21 & {5{sel[21]}});
    result = result | ( input_22 & {5{sel[22]}});
    result = result | ( input_23 & {5{sel[23]}});
    result = result | ( input_24 & {5{sel[24]}});
    result = result | ( input_25 & {5{sel[25]}});
    result = result | ( input_26 & {5{sel[26]}});
    result = result | ( input_27 & {5{sel[27]}});
    result = result | ( input_28 & {5{sel[28]}});
    result = result | ( input_29 & {5{sel[29]}});
    MUX1HOT_v_5_30_2 = result;
  end
  endfunction


  function automatic [15:0] MUX_v_16_2_2;
    input [15:0] input_0;
    input [15:0] input_1;
    input [0:0] sel;
    reg [15:0] result;
  begin
    case (sel)
      1'b0 : begin
        result = input_0;
      end
      default : begin
        result = input_1;
      end
    endcase
    MUX_v_16_2_2 = result;
  end
  endfunction


  function automatic [29:0] MUX_v_30_2_2;
    input [29:0] input_0;
    input [29:0] input_1;
    input [0:0] sel;
    reg [29:0] result;
  begin
    case (sel)
      1'b0 : begin
        result = input_0;
      end
      default : begin
        result = input_1;
      end
    endcase
    MUX_v_30_2_2 = result;
  end
  endfunction


  function automatic [4:0] MUX_v_5_2_2;
    input [4:0] input_0;
    input [4:0] input_1;
    input [0:0] sel;
    reg [4:0] result;
  begin
    case (sel)
      1'b0 : begin
        result = input_0;
      end
      default : begin
        result = input_1;
      end
    endcase
    MUX_v_5_2_2 = result;
  end
  endfunction


  function automatic [15:0] readslicef_30_16_14;
    input [29:0] vector;
    reg [29:0] tmp;
  begin
    tmp = vector >> 14;
    readslicef_30_16_14 = tmp[15:0];
  end
  endfunction

endmodule

// ------------------------------------------------------------------
//  Design Unit:    fir
// ------------------------------------------------------------------


module fir (
  clk, rst, coeffs_rsc_radr, coeffs_rsc_q, coeffs_rsc_triosy_lz, in1_rsc_dat, in1_rsc_triosy_lz,
      out1_rsc_dat, out1_rsc_triosy_lz
);
  input clk;
  input rst;
  output [4:0] coeffs_rsc_radr;
  input [15:0] coeffs_rsc_q;
  output coeffs_rsc_triosy_lz;
  input [15:0] in1_rsc_dat;
  output in1_rsc_triosy_lz;
  output [15:0] out1_rsc_dat;
  output out1_rsc_triosy_lz;


  // Interconnect Declarations
  wire [4:0] coeffs_rsci_radr_d;
  wire [15:0] coeffs_rsci_q_d;
  wire coeffs_rsci_rport_r_ram_ir_internal_RMASK_B_d;


  // Interconnect Declarations for Component Instantiations 
  fir_Altera_DIST_DIST_1R1W_RBW_rport_1_16_5_32_32_16_gen coeffs_rsci (
      .q(coeffs_rsc_q),
      .radr(coeffs_rsc_radr),
      .radr_d(coeffs_rsci_radr_d),
      .q_d(coeffs_rsci_q_d),
      .rport_r_ram_ir_internal_RMASK_B_d(coeffs_rsci_rport_r_ram_ir_internal_RMASK_B_d)
    );
  fir_core fir_core_inst (
      .clk(clk),
      .rst(rst),
      .coeffs_rsc_triosy_lz(coeffs_rsc_triosy_lz),
      .in1_rsc_dat(in1_rsc_dat),
      .in1_rsc_triosy_lz(in1_rsc_triosy_lz),
      .out1_rsc_dat(out1_rsc_dat),
      .out1_rsc_triosy_lz(out1_rsc_triosy_lz),
      .coeffs_rsci_radr_d(coeffs_rsci_radr_d),
      .coeffs_rsci_q_d(coeffs_rsci_q_d),
      .coeffs_rsci_rport_r_ram_ir_internal_RMASK_B_d(coeffs_rsci_rport_r_ram_ir_internal_RMASK_B_d)
    );
endmodule